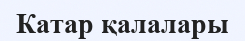
Катар қалалары